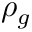
\rho _ { g }